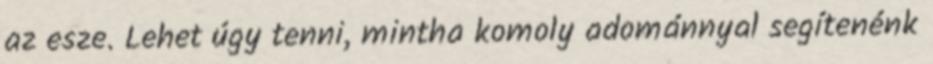
az esze. Lehet úgy tenni, mintha komoly adománnyal segítenénk